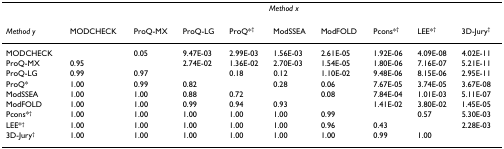
<table><thead><tr><td></td><td colspan="9"><b><i>Method x</i></b></td></tr><tr><td><b><i>Method y</i></b></td><td><b>MODCHECK</b></td><td><b>ProQ-MX</b></td><td><b>ProQ-LG</b></td><td><b>ProQ*<sup>†</sup></b></td><td><b>ModSSEA</b></td><td><b>ModFOLD</b></td><td><b>Pcons*<sup>†</sup></b></td><td><b>LEE*<sup>†</sup></b></td><td><b>3D-Jury<sup>†</sup></b></td></tr></thead><tbody><tr><td>MODCHECK</td><td></td><td>0.05</td><td>9.47E-03</td><td>2.99E-03</td><td>1.56E-03</td><td>2.61E-05</td><td>1.92E-06</td><td>4.09E-08</td><td>4.02E-11</td></tr><tr><td>ProQ-MX</td><td>0.95</td><td></td><td>2.74E-02</td><td>1.36E-02</td><td>2.70E-03</td><td>1.54E-05</td><td>1.80E-06</td><td>7.16E-07</td><td>5.21E-11</td></tr><tr><td>ProQ-LG</td><td>0.99</td><td>0.97</td><td></td><td>0.18</td><td>0.12</td><td>1.10E-02</td><td>9.48E-06</td><td>8.15E-06</td><td>2.95E-11</td></tr><tr><td>ProQ*</td><td>1.00</td><td>0.99</td><td>0.82</td><td></td><td>0.28</td><td>0.06</td><td>7.67E-05</td><td>3.74E-05</td><td>3.67E-08</td></tr><tr><td>ModSSEA</td><td>1.00</td><td>1.00</td><td>0.88</td><td>0.72</td><td></td><td>0.08</td><td>7.84E-04</td><td>1.01E-03</td><td>5.11E-07</td></tr><tr><td>ModFOLD</td><td>1.00</td><td>1.00</td><td>0.99</td><td>0.94</td><td>0.93</td><td></td><td>1.41E-02</td><td>3.80E-02</td><td>1.45E-05</td></tr><tr><td>Pcons*<sup>†</sup></td><td>1.00</td><td>1.00</td><td>1.00</td><td>1.00</td><td>1.00</td><td>0.99</td><td></td><td>0.57</td><td>5.30E-03</td></tr><tr><td>LEE*<sup>†</sup></td><td>1.00</td><td>1.00</td><td>1.00</td><td>1.00</td><td>1.00</td><td>0.96</td><td>0.43</td><td></td><td>2.28E-03</td></tr><tr><td>3D-Jury<sup>†</sup></td><td>1.00</td><td>1.00</td><td>1.00</td><td>1.00</td><td>1.00</td><td>1.00</td><td>0.99</td><td>1.00</td><td></td></tr></tbody></table>